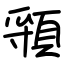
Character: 頱